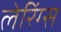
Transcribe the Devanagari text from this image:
लेरिंग्स